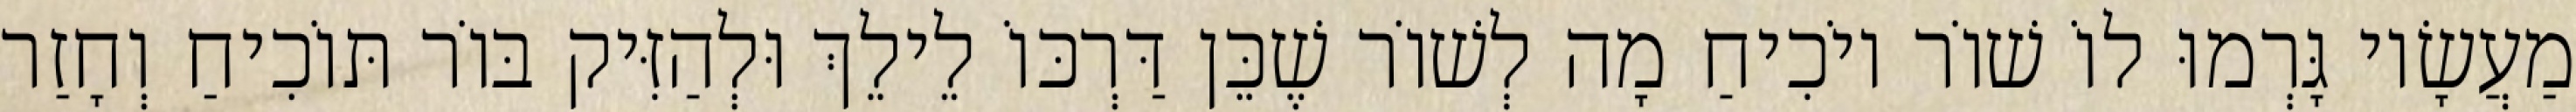
מַעֲשָׂיו גָּרְמוּ לוֹ שׁוֹר יוֹכִיחַ מָה לְשׁוֹר שֶׁכֵּן דַּרְכּוֹ לֵילֵךְ וּלְהַזִּיק בּוֹר תּוֹכִיחַ וְחָזַר